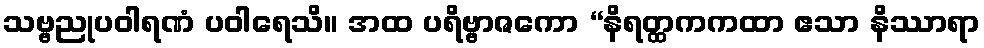
သဗ္ဗညုပဝါရဏံ ပဝါရေသိ။ အထ ပရိဗ္ဗာဇကော “နိရတ္ထကကထာ ဧသာ နိဿာရာ